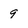
Character: 9